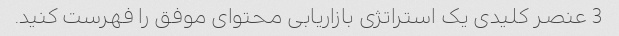
3 عنصر کلیدی یک استراتژی بازاریابی محتوای موفق را فهرست کنید.